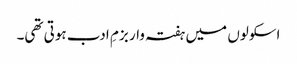
اسکولوں میں ہفتہ وار بزمِ ادب ہوتی تھی۔